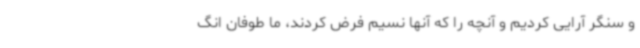
و سنگر آرایی کردیم و آنچه را که آنها نسیم فرض کردند، ما طوفان انگ